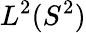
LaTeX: L^{2}(S^{2})